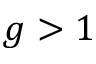
g > 1